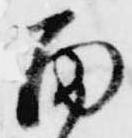
雨